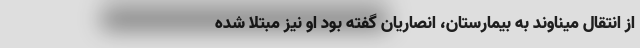
از انتقال میناوند به بیمارستان، انصاریان گفته بود او نیز مبتلا شده